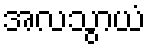
အလသွာယံ